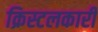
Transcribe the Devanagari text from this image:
क्रिस्टलकारी